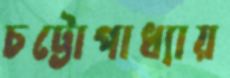
চট্টোপাধ্যায়